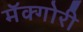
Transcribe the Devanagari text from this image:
मॅक्गोरी